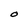
Character: O